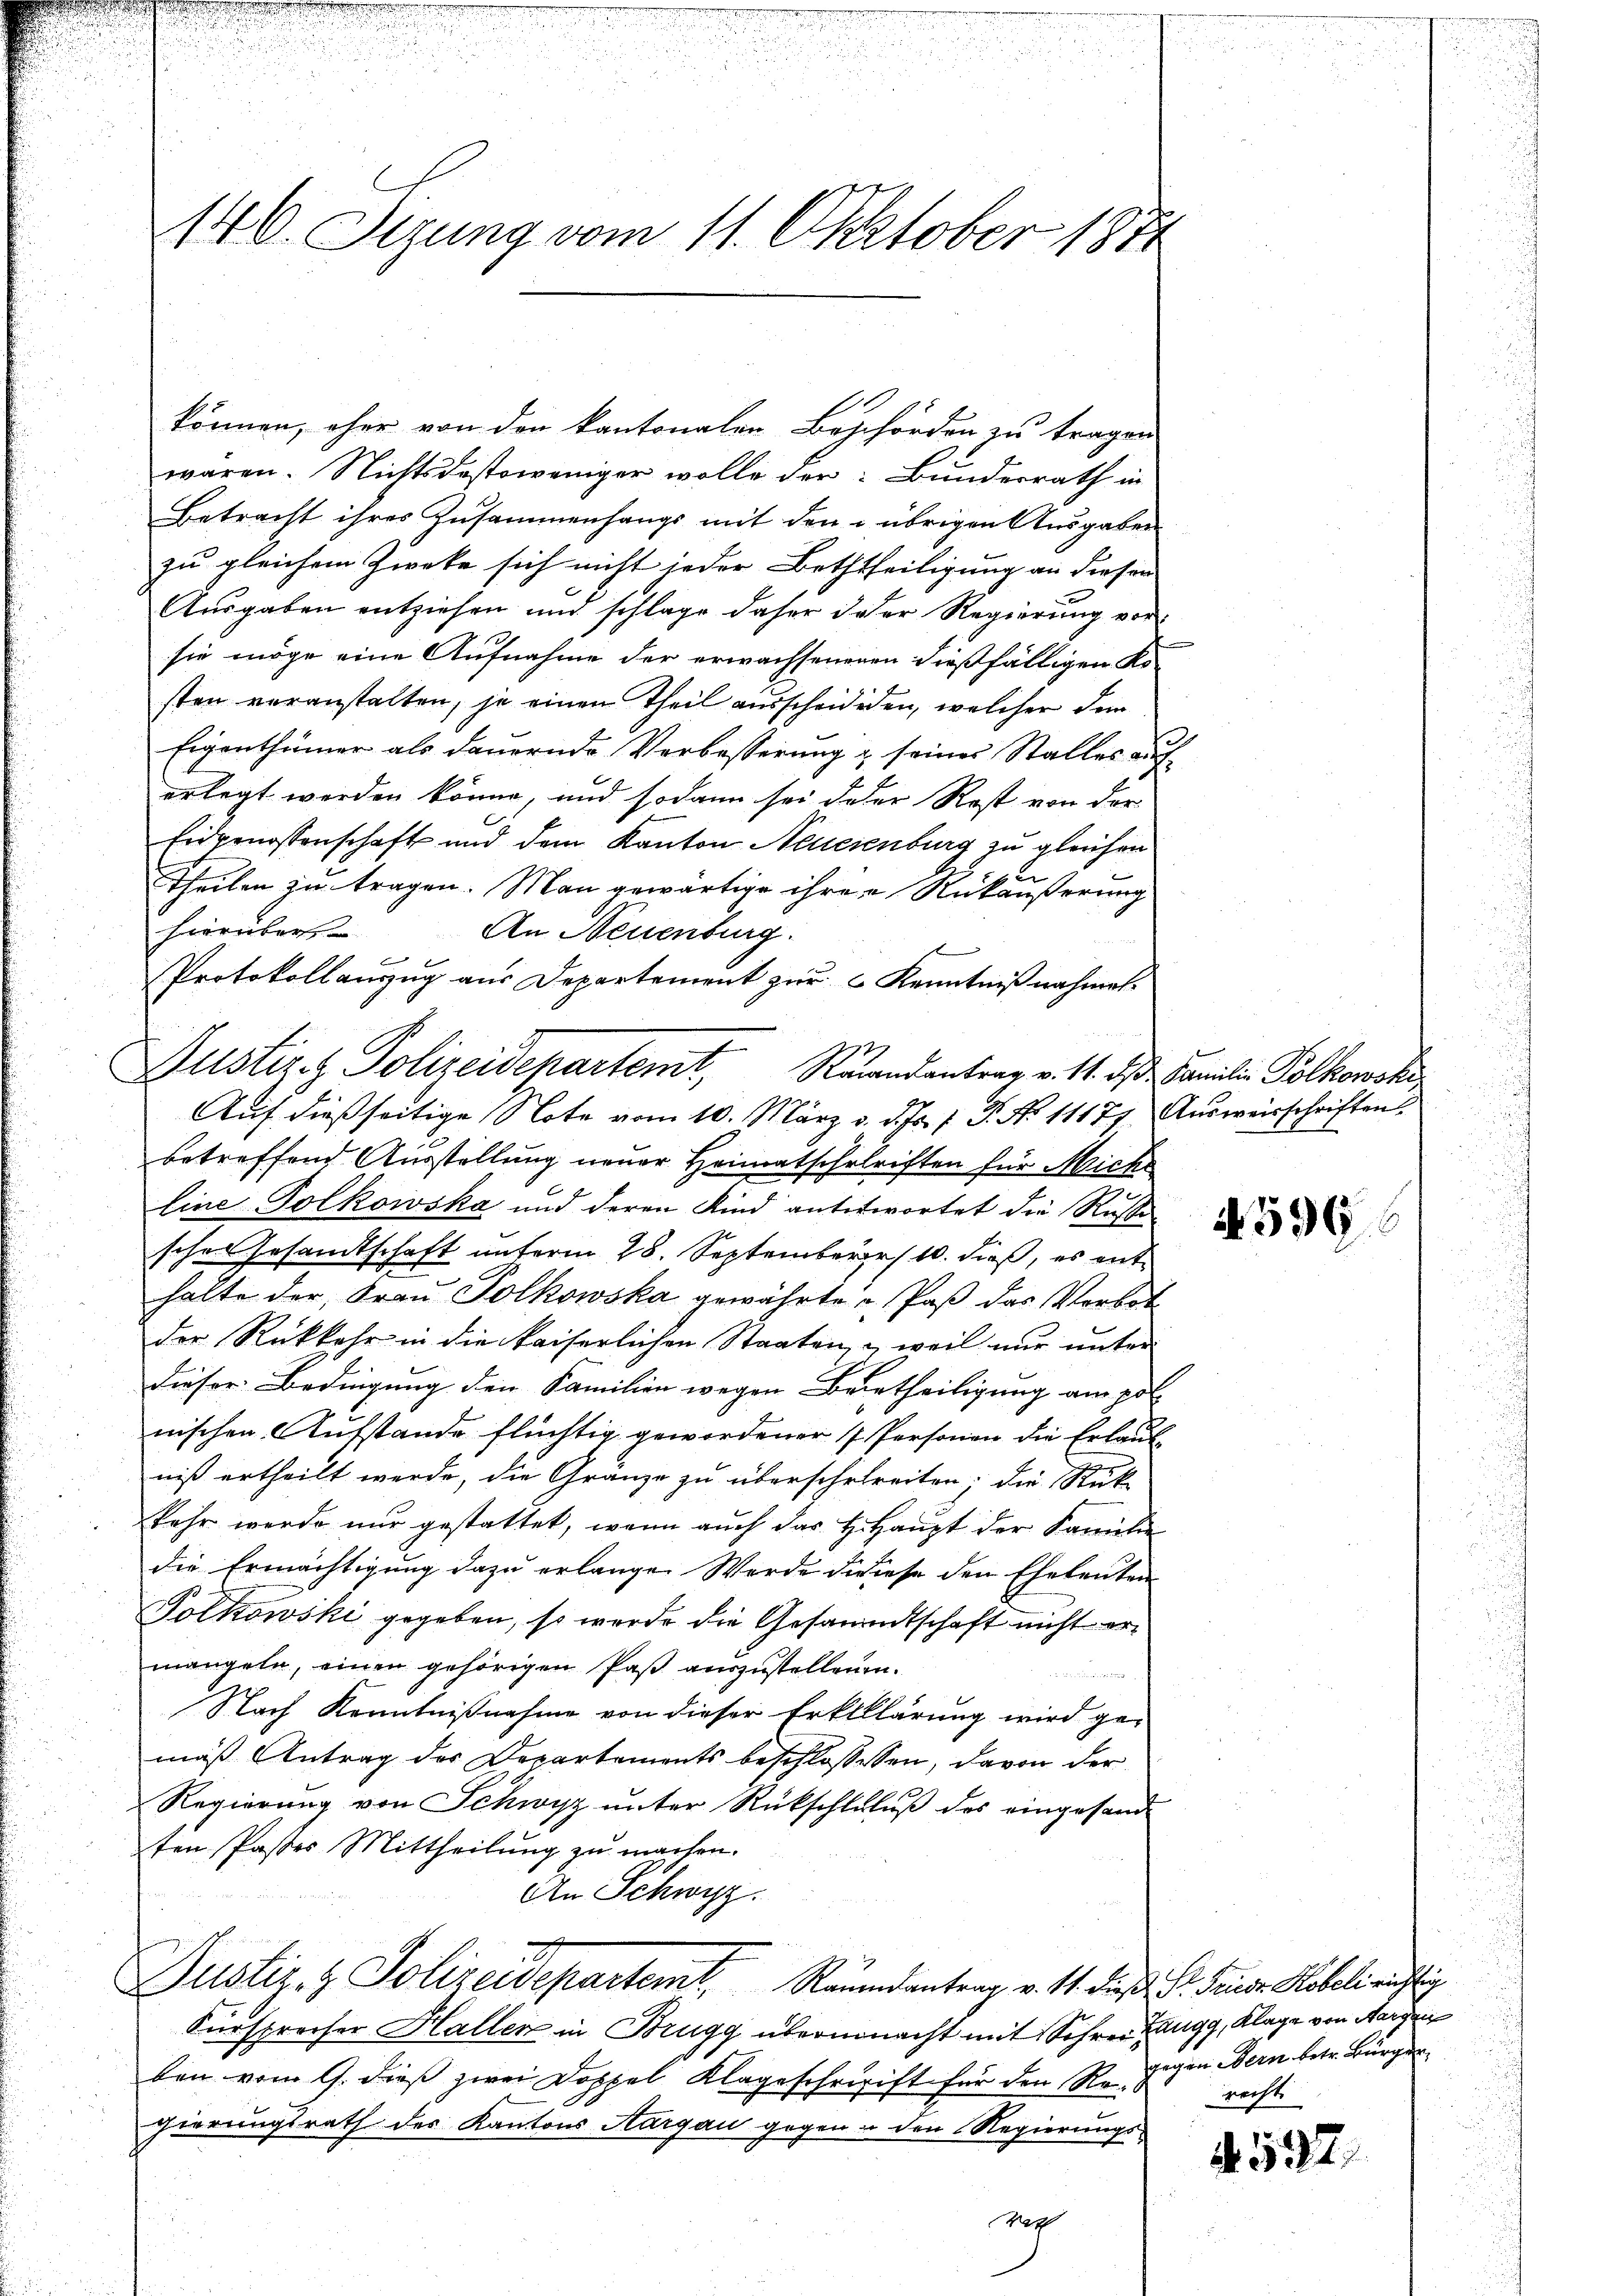
140. Sizung vom 11. Oktober 1874

können, ohne von den kantonalen Beschorden zu tragen
waren. Nichtsdestoweniger wolle der Bundesrath in
Betracht ihres Zusammenhangs mit den übrigen Ausgaben
zu gleichem Zweke sich nicht jeder Beththeiligung an diesen
Ausgaben entziehen und schlage daher daher Regierung vor
sie möge eine Aufnahme der erwachsenenen dießfälligen Ko-
sten veranstalten, je einen Theil ausscheidigen, welcher dem
Eigenthümer als dauernde Verbesserung & seines Stalles aus-
erlegt werden könne, und sodann sei der Rest von der
Eidgenossenschaft und dem Kanton Neuesenburg zu gleichen
.
Theilen zu tragen. Man gewärtige ihrer Rückäußerung
hierüber. An Neuenburg.
Protokollauszug aus Departement zŭr Kenntniβnahmet-
betreffend Ausstellung neuer Heimatschriften für Miche
ge
Eine Dolkowska und deren Kind anterwortet die Rechte
sches Gesandtschaft unterm 28. September 10. dieß, es enthalte der Frau Polkowska gewährte a Paß das Verbot
der Rückkehr in die kaiserlichen Staaten, & weil nur unter
dieser Bedingung den Familien wegen Beurtheiligung am pol
nischen Aufstande flüchtig gewordener 7 Personen die Erlaub
niß ertheilt werde, die Gränze zu überschereiten; die Stük-
kehr werde nur gestattet, wenn auch das H. Haupt der Familien
die Ermächtigung dazu erlangen Werde diese den Eheleuten
Tolkowski gegeben, so werde die Gesammtschaft nicht ermangeln, einen gehörigen Paß auszustellenen.

Nach Kenntnißnahme von dieser Erklklärung wird gemäß Antrag des Departements beschlossesen, davon der
Regierung von Schwyz unter Rückschluluß des eingesandten Pastes Mittheilung zu machen.
An Schwyz.
Justiz- & Polizeidepartemt, Raumsantrag v. 11. dieß P. Frieden Koboli richtig
Fürsprecher Hallen in Brugg übermacht mit Schrei Zangg, Klage von Margen
ben vom 9. dieß zwei Doppel Klageschrift für den 22. Dein Bern betr. Bürger
gierungsrath des Kantons Aargau gegen in den Regierungs-
al

Justiz- & Polizeidepartemt, Remandantrag v. 14. ds Familie Polkowski
Auf dießseitige Note vom 10. März d. d. Js. f. P. No 11171. Ausweisschriften

599

rechte

N. 537.